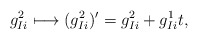
\begin{align*}g^2_{Ii} \longmapsto (g^2_{Ii})' = g^2_{Ii} +g_{Ii}^1 t,\end{align*}